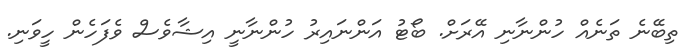
ތިބޭނެ ތަނެއް ހުންނާނި އޭރަށް. ބޯޓު އަންނައިރު ހުންނާނީ އިޝާވެސް ވެފަހެން ހީވަނި.